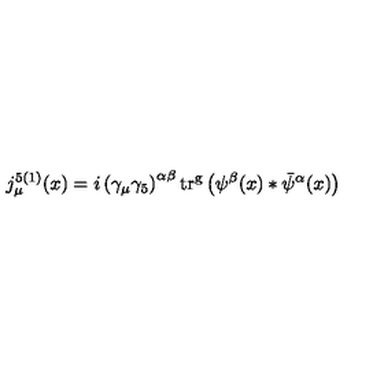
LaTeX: j _ { \mu } ^ { 5 ( 1 ) } ( x ) = i \left( \gamma _ { \mu } \gamma _ { 5 } \right) ^ { \alpha \beta } \mathrm { t r ^ { g } } \left( \psi ^ { \beta } ( x ) * \bar { \psi } ^ { \alpha } ( x ) \right)